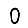
Digit: 0